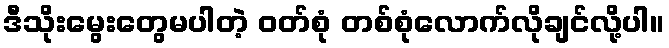
ဒီသိုးမွေးတွေမပါတဲ့ ဝတ်စုံ တစ်စုံလောက်လိုချင်လို့ပါ။